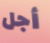
أجل